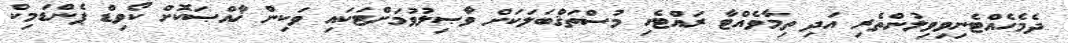
ދެމެހެއްޓެނިވިވިލުންތެރި އަދި ތިމާވެއްޓާ ރައްޓެހި މުސްތަޤްބަލަކަށް ވާޞިލުވުމަށްޓަކައި ވަކިން ޚާއްޞަކޮށް ކޯވިޑް ޕެންޑަމިކް